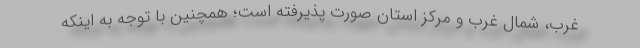
غرب، شمال غرب و مرکز استان صورت پذیرفته است؛ همچنین با توجه به اینکه